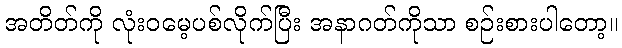
အတိတ်ကို လုံးဝမေ့ပစ်လိုက်ပြီး အနာဂတ်ကိုသာ စဉ်းစားပါတော့။